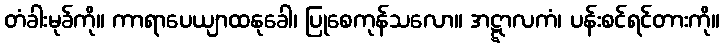
တံခါးမုခ်ကို။ ကာရာပေယျာထနုခေါ၊ ပြုစေကုန်သလော။ အဋ္ဋာလကံ၊ ပန်းစင်ရင်တားကို။